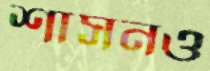
শাসনও